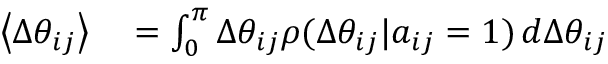
\begin{array} { r l } { \left< \Delta \theta _ { i j } \right> } & { { } = \int _ { 0 } ^ { \pi } \Delta \theta _ { i j } \rho ( \Delta \theta _ { i j } | a _ { i j } = 1 ) \, d \Delta \theta _ { i j } } \end{array}